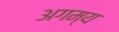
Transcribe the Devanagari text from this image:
अगम्‍य